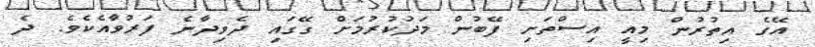
އޭގެ އިތުރުން މިއީ އިސްތަށި ފޭބުން މަދުކުރުމަށް ގޭގައި ދެވިދާނެ ފަރުވާއެކެވެ. ދެ